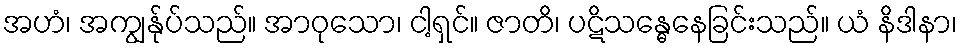
အဟံ၊ အကျွန်ုပ်သည်။ အာဝုသော၊ ငါ့ရှင်။ ဇာတိ၊ ပဋိသန္ဓေနေခြင်းသည်။ ယံ နိဒါနာ၊